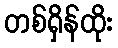
တစ်ရှိန်ထိုး